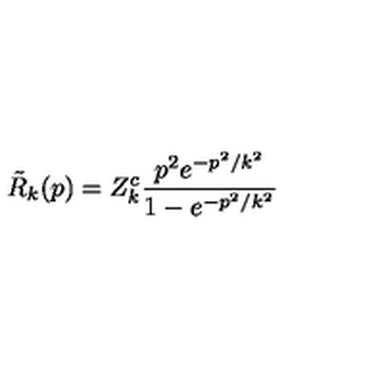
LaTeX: \tilde { R } _ { k } ( p ) = Z _ { k } ^ { c } \frac { p ^ { 2 } e ^ { - p ^ { 2 } / k ^ { 2 } } } { 1 - e ^ { - p ^ { 2 } / k ^ { 2 } } }